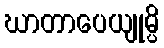
ဃာတာပေယျုမ္ပိ